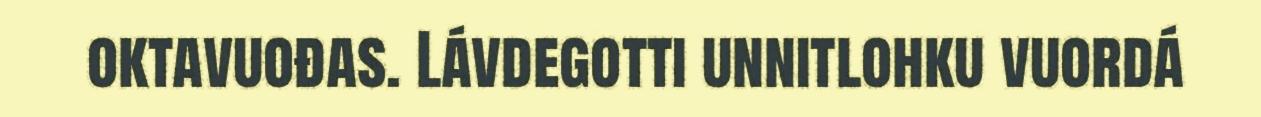
oktavuođas. Lávdegotti unnitlohku vuordá